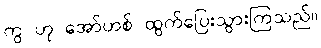
ကွ ဟု အော်ဟစ် ထွက်ပြေးသွားကြသည်။